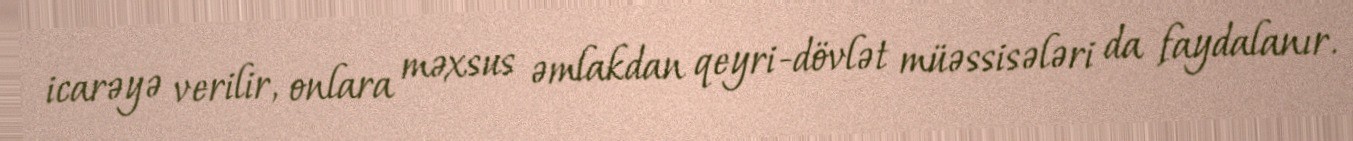
icarəyə verilir, onlara məxsus əmlakdan qeyri-dövlət müəssisələri da faydalanır.